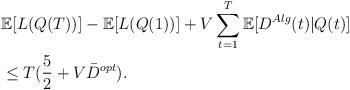
LaTeX: \begin{align*} &\mathbb{E}[L(Q(T))]-\mathbb{E}[L(Q(1))]+V\sum_{t=1}^{T}\mathbb{E}[D^{Alg}(t)|Q(t)]\\ &\leq T(\frac{5}{2}+V\bar D^{opt}).\end{align*}